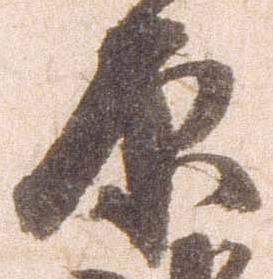
原